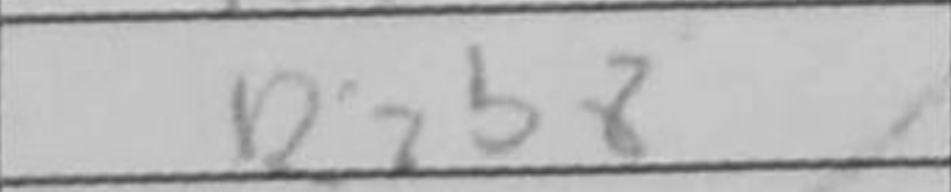
Transcription: Rxb8